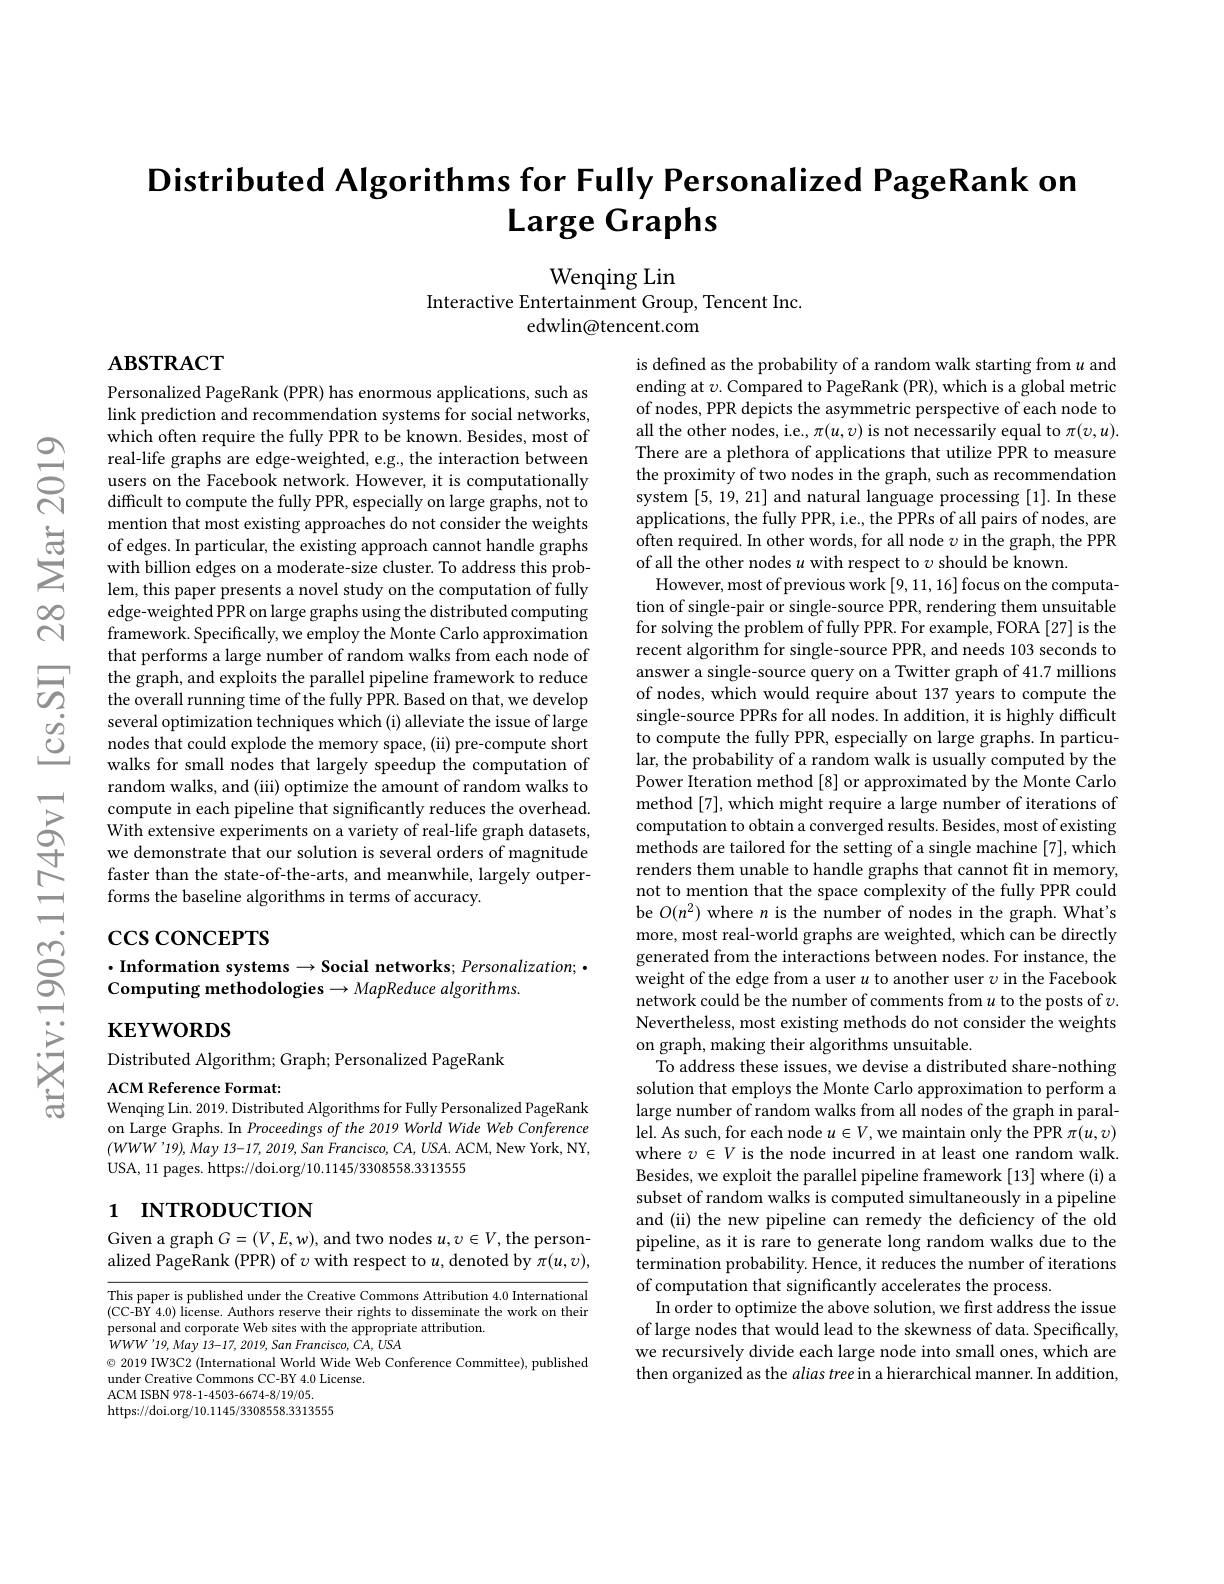
# Distributed Algorithms for Fully Personalized PageRank on Large Graphs

Wenqing Lin
Interactive Entertainment Group, Tencent Inc.
edwlin@tencent.com

$\mathbf{ABSTRACT}$

Personalized PageRank (PPR) has enormous applications, such as link prediction and recommendation systems for social networks, which often require the fully PPR to be known. Besides, most of real-life graphs are edge-weighted, e.g., the interaction between users on the Facebook network. However, it is computationally difficult to compute the fully PPR, especially on large graphs, not to mention that most existing approaches do not consider the weights of edges. In particular, the existing approach cannot handle graphs with billion edges on a moderate-size cluster. To address this problem, this paper presents a novel study on the computation of fully edge-weighted PPR on large graphs using the distributed computing framework. Specifically, we employ the Monte Carlo approximation that performs a large number of random walks from each node of the graph, and exploits the parallel pipeline framework to reduce the overall running time of the fully PPR. Based on that, we develop several optimization techniques which (i) alleviate the issue of large nodes that could explode the memory space, (ii) pre-compute short walks for small nodes that largely speedup the computation of random walks, and (iii) optimize the amount of random walks to compute in each pipeline that significantly reduces the overhead. With extensive experiments on a variety of real-life graph datasets, we demonstrate that our solution is several orders of magnitude faster than the state-of-the-arts, and meanwhile, largely outperforms the baseline algorithms in terms of accuracy.

is defined as the probability of a random walk starting from $u$ and ending at $v$. Compared to PageRank (PR), which is a global metric of nodes, PPR depicts the asymmetric perspective of each node to all the other nodes, i.e., $\pi(u,v)$ is not necessarily equal to $\pi(v,u).$ There are a plethora of applications that utilize PPR to measure the proximity of two nodes in the graph, such as recommendation system [5,19,21] and natural language processing [1]. In these applications, the fully PPR, i.e., the PPRs of all pairs of nodes, are often required. In other words, for all node $\upsilon$ in the graph, the PPR of all the other nodes $u$ with respect to $v$ should be known.
However, most of previous work [9,11,16] focus on the computation of single-pair or single-source PPR, rendering them unsuitable for solving the problem of fully PPR. For example, FORA [27] is the recent algorithm for single-source PPR, and needs 103 seconds to answer a single-source query on a Twitter graph of 41.7 millions of nodes, which would require about 137 years to compute the single-source PPRs for all nodes. In addition, it is highly difficult to compute the fully PPR, especially on large graphs. In particular, the probability of a random walk is usually computed by the Power Iteration method [8] or approximated by the Monte Carlo method [7], which might require a large number of iterations of computation to obtain a converged results. Besides, most of existing methods are tailored for the setting of a single machine [7], which renders them unable to handle graphs that cannot fit in memory, not to mention that the space complexity of the fully PPR could be $O(n^2)$ where $n$ is the number of nodes in the graph. What's more, most real-world graphs are weighted, which can be directly generated from the interactions between nodes. For instance, the weight of the edge from a user $u$ to another user $\upsilon$ in the Facebook network could be the number of comments from $u$ to the posts of $v.$ Nevertheless, most existing methods do not consider the weights on graph, making their algorithms unsuitable.
To address these issues, we devise a distributed share-nothing solution that employs the Monte Carlo approximation to perform a large number of random walks from all nodes of the graph in parallel. As such, for each node $u\in V$,we maintain only the PPR $\pi(u,v)$ where $v\in V$ is the node incurred in at least one random walk. Besides, we exploit the parallel pipeline framework [13] where (i) a subset of random walks is computed simultaneously in a pipeline and (ii) the new pipeline can remedy the deficiency of the old pipeline, as it is rare to generate long random walks due to the termination probability. Hence, it reduces the number of iterations of computation that significantly accelerates the process.
In order to optimize the above solution, we frst address the issue of large nodes that would lead to the skewness of data. Specifically, we recursively divide each large node into small ones, which are then organized as the alias tree in a hierarchical manner. In addition,

# $\csc\cos$coNCEPTS

## $\cdot$Information systems$\to$Social networks; Personalization; • Computing methodologies$\to MapReduce algorithms.$

$\mathbf{KEYWORDS}$

Distributed Algorithm; Graph; Personalized PageRank

ACM Reference Format:
Wenqing Lin. 2019. Distributed Algorithms for Fully Personalized PageRank

on Large Graphs. In Proceedings of the 2019 World Wide Web Conference $( WWW’ 19) , May$ 13-17, 2019, San $Francisco$, $CA$, $USA.$ $ACM$, New York, NY, USA, 11 pages. https://doi.org/10.1145/3308558.3313555

# 1 INTRODUCTION

Given a graph $G=(V,E,w)$, and two nodes $u,v\in V$, the personalized PageRank (PPR) of $\upsilon$ with respect to $u$,denoted by $\pi(u,\upsilon)$,

This paper is published under the Creative Commons Attribution 4.0 International (CC-BY 4.0) license. Authors reserve their rights to disseminate the work on their personal and corporate Web sites with the appropriate attribution.
$WWW^{\prime}19,May$ 13-17, 2019, San Francisco, CA, USA

$\textcircled{\circ}$ 2019 IW3C2 (International World Wide Web Conference Committee), published
under Creative Commons CC-BY 4.0 License.
ACM ISBN 978-1-4503-6674-8/19/05.
https://doi.org/10.1145/3308558.3313555